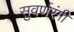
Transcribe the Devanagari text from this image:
सुवर्णरंगी